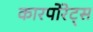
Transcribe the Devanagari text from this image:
कारपोरेट्स